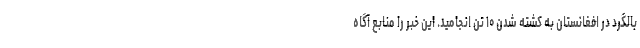
بالگرد در افغانستان به کشته شدن ۱۰ تن انجامید. این خبر را منابع آگاه